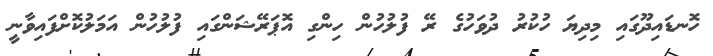
ހޮނޑައިދޫގައި މިދިޔަ ހުކުރު ދުވަހުގެ ރޭ ފުލުހުން ހިންގި އޮޕަރޭޝަންގައި ފުލުހުން އަމަލުކޮށްފައިވާނީ